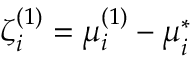
\boldsymbol { \zeta } _ { i } ^ { ( 1 ) } = \boldsymbol { \mu } _ { i } ^ { ( 1 ) } - \boldsymbol { \mu } _ { i } ^ { * }